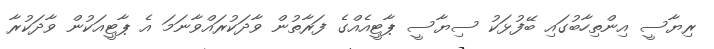
ރިޔާސީ އިންތިހާބުގައި ބޭފުޅަކު ސިޔާސީ ޕާޓީއެއްގެ ފަރާތުން ވާދަކުރައްވާނަމަ އެ ޕާޓީއަކުން ވާދަކުރާ